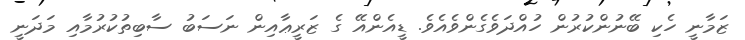
ޒަމާނީ ހެކި ބޭނުންކުރުން ހުއްދަވެގެންވެއެވެ. ޑީއެންއޭ ގެ ޒަރީޢާއިން ނަސަބު ސާބިތުކުރުމާއި މަދަނީ